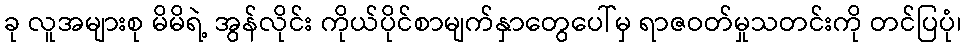
ခု လူအများစု မိမိရဲ့ အွန်လိုင်း ကိုယ်ပိုင်စာမျက်နှာတွေပေါ်မှ ရာဇဝတ်မှုသတင်းကို တင်ပြပုံ၊